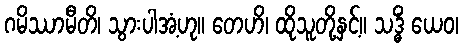
ဂမိဿာမီတိ၊ သွားပါအံ့ဟု။ တေဟိ၊ ထိုသူတို့နှင့်။ သဒ္ဓိံ ယေဝ၊